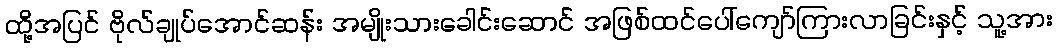
ထို့အပြင် ဗိုလ်ချုပ်အောင်ဆန်း အမျိုးသားခေါင်းဆောင် အဖြစ်ထင်ပေါ်ကျော်ကြားလာခြင်းနှင့် သူ့အား